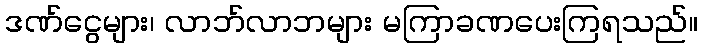
ဒဏ်ငွေများ၊ လာဘ်လာဘများ မကြာခဏပေးကြရသည်။